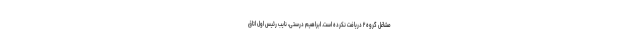
مشاغل گروه ۲ دریافت نکرده‌ است. ابراهیم درستی، نایب رئیس اول اتاق